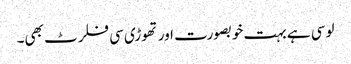
لوسی ہے بہت خوبصورت اور تھوڑی سی فلرٹ بھی۔